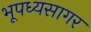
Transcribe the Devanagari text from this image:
भूपध्यसागर